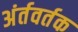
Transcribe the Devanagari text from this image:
अंर्तवर्तक